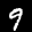
Label: 9